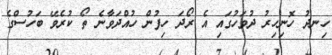
ހިނދު ހޮނިހިރު ދުވަހުގައި އެ ރޯދަ ހިފުން ހުއްދަވާނެ ތޯ ކުރެވޭ ބަހުސްގެ